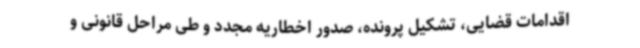
اقدامات قضایی، تشکیل پرونده، صدور اخطاریه مجدد و طی مراحل قانونی و